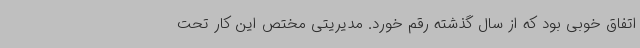
اتفاق خوبی بود که از سال گذشته رقم خورد. مدیریتی مختص این کار تحت